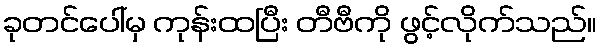
ခုတင်ပေါ်မှ ကုန်းထပြီး တီဗီကို ဖွင့်လိုက်သည်။